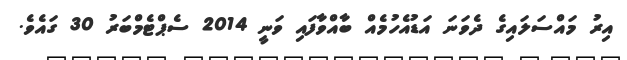
އިރު މައްސަލައިގެ ދެވަނަ އަޑުއެހުމެއް ބާއްވާފައި ވަނީ 2014 ސެޕްޓެމްބަރު 30 ގައެވެ.